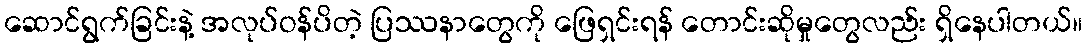
ဆောင်ရွက်ခြင်းနဲ့ အလုပ်ဝန်ပိတဲ့ ပြဿနာတွေကို ဖြေရှင်းရန် တောင်းဆိုမှုတွေလည်း ရှိနေပါတယ်။